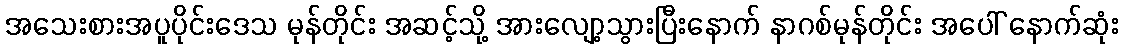
အသေးစားအပူပိုင်းဒေသ မုန်တိုင်း အဆင့်သို့ အားလျော့သွားပြီးနောက် နာဂစ်မုန်တိုင်း အပေါ် နောက်ဆုံး